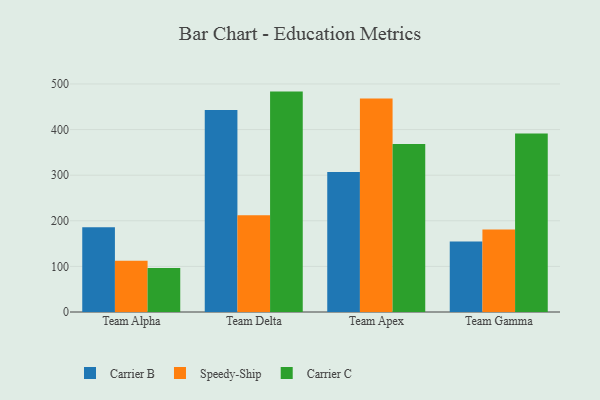
{"axis": {"x": "Team", "y": "Satisfaction Score"}, "legend": ["Carrier B", "Carrier C", "Speedy-Ship"], "data": [{"x": "Team Alpha", "y": 185.7, "type": "Carrier B"}, {"x": "Team Alpha", "y": 112.3, "type": "Speedy-Ship"}, {"x": "Team Alpha", "y": 96.5, "type": "Carrier C"}, {"x": "Team Delta", "y": 442.9, "type": "Carrier B"}, {"x": "Team Delta", "y": 212.2, "type": "Speedy-Ship"}, {"x": "Team Delta", "y": 483.3, "type": "Carrier C"}, {"x": "Team Apex", "y": 307.2, "type": "Carrier B"}, {"x": "Team Apex", "y": 468.1, "type": "Speedy-Ship"}, {"x": "Team Apex", "y": 368.6, "type": "Carrier C"}, {"x": "Team Gamma", "y": 154.4, "type": "Carrier B"}, {"x": "Team Gamma", "y": 180.9, "type": "Speedy-Ship"}, {"x": "Team Gamma", "y": 391.5, "type": "Carrier C"}]}